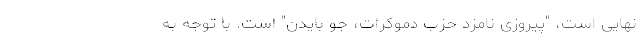
نهایی است، "پیروزی نامزد حزب دموکرات‌، جو بایدن" است. با توجه به